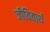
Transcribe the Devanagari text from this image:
जीवितार्थ